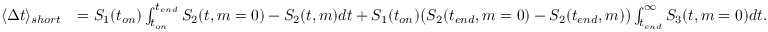
\begin{array} { r l } { \langle \Delta t \rangle _ { s h o r t } } & { = S _ { 1 } ( t _ { o n } ) \int _ { t _ { o n } } ^ { t _ { e n d } } S _ { 2 } ( t , m = 0 ) - S _ { 2 } ( t , m ) d t + S _ { 1 } ( t _ { o n } ) \big ( S _ { 2 } ( t _ { e n d } , m = 0 ) - S _ { 2 } ( t _ { e n d } , m ) \big ) \int _ { t _ { e n d } } ^ { \infty } S _ { 3 } ( t , m = 0 ) d t . } \end{array}